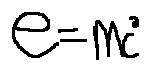
e = m c ^ { 2 }